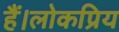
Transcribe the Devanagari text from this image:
हैं।लोकप्रिय